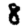
Digit: 8